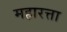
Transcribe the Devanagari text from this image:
महारत्ता